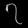
Digit: ၇